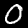
Label: 0